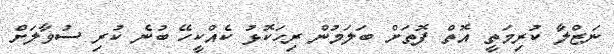
ނަޒްލާ ކުރިމަތީ އޮތް ފޮތަށް ބަލަމުން ރިހަކޮޅު ކެއްކީހޭ ބުނެ ކުރި ސުވާލަށް